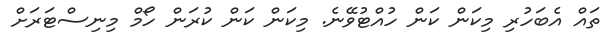
ތައް އެބަހުރި މިކަން ކަން ހުއްޓުވޭނެ. މިކަން ކަން ކުރަން ހޯމް މިނިސްޓަރަށް